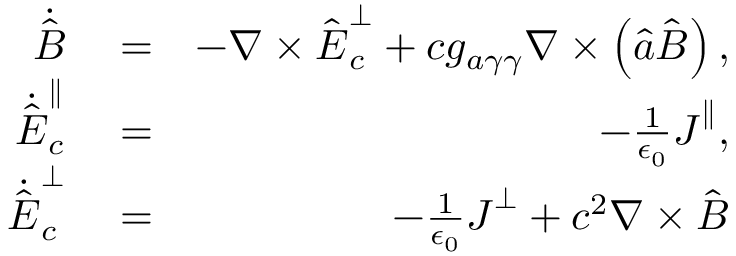
\begin{array} { r l r } { \dot { \hat { \boldsymbol B } } } & { { } = } & { - \boldsymbol \nabla \times \hat { \boldsymbol E } _ { c } ^ { \perp } + c g _ { a \gamma \gamma } \boldsymbol \nabla \times \left( \hat { a } \hat { \boldsymbol B } \right) , } \\ { \dot { \hat { \boldsymbol E } } _ { c } ^ { \parallel } } & { { } = } & { - \frac { 1 } { \epsilon _ { 0 } } \boldsymbol J ^ { \parallel } , } \\ { \dot { \hat { \boldsymbol E } } _ { c } ^ { \perp } } & { { } = } & { - \frac { 1 } { \epsilon _ { 0 } } \boldsymbol J ^ { \perp } + c ^ { 2 } \boldsymbol \nabla \times \hat { \boldsymbol B } } \end{array}